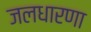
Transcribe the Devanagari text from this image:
जलधारणा